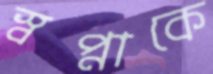
স্বপ্নাকে